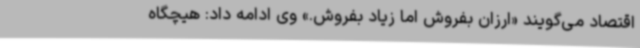
اقتصاد می‌گویند «ارزان بفروش اما زیاد بفروش.» وی ادامه داد: هیچگاه